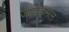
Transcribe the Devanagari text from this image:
जगदेकमल